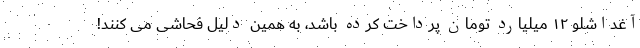
آغداشلو ۱۲ میلیارد تومان پرداخت کرده باشد، به همین دلیل فحاشی می کنند!